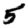
Digit: 5